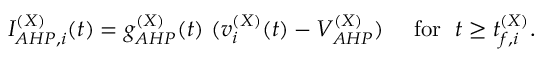
I _ { A H P , i } ^ { ( X ) } ( t ) = g _ { A H P } ^ { ( X ) } ( t ) ~ ( v _ { i } ^ { ( X ) } ( t ) - V _ { A H P } ^ { ( X ) } ) ~ ~ ~ \mathrm { ~ f o r ~ } \; t \ge t _ { f , i } ^ { ( X ) } .